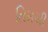
તિમચી